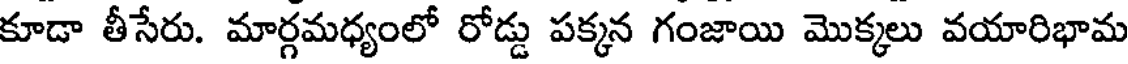
కూడా తీసేరు. మార్గమధ్యంలో రోడ్డు పక్కన గంజాయి మొక్కలు వయారిభామ